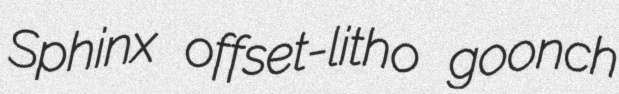
Sphinx offset-litho goonch